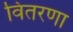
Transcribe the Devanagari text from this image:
वितरणा